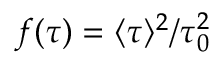
f ( \tau ) = \langle \tau \rangle ^ { 2 } / \tau _ { 0 } ^ { 2 }